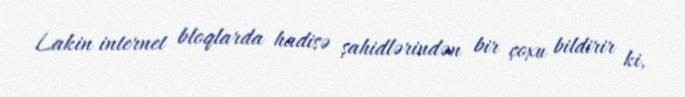
Lakin internet bloqlarda hadisə şahidlərindən bir çoxu bildirir ki,